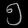
Digit: ၅